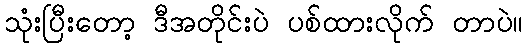
သုံးပြီးတော့ ဒီအတိုင်းပဲ ပစ်ထားလိုက် တာပဲ။